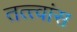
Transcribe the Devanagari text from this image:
तत्त्वांस